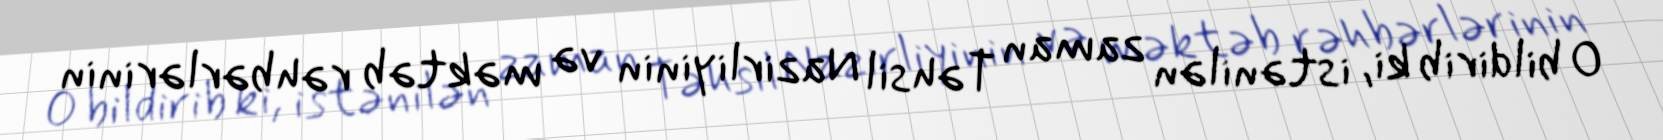
O bildirib ki, istənilən zaman Təhsil Nazirliyinin və məktəb rəhbərlərinin